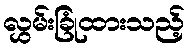
လွှမ်းခြုံထားသည့်